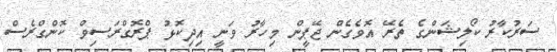
ސަރުކާރު ކޯލިޝަންގެ ތެރޭ އޮވެގެން ޖޭޕީން މިހާރު ވަނީ އިދިކޮޅު ޕްރޮގްރަސިވް ކޮންގްރެސް